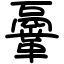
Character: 鞷